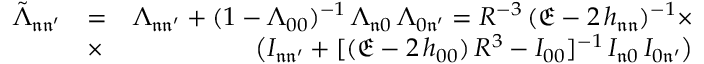
\begin{array} { r l r } { \tilde { \Lambda } _ { \mathfrak { n } \mathfrak { n ^ { \prime } } } } & { = } & { \Lambda _ { \mathfrak { n } \mathfrak { n ^ { \prime } } } + ( 1 - \Lambda _ { 0 0 } ) ^ { - 1 } \, \Lambda _ { \mathfrak { n } \mathfrak { 0 } } \, \Lambda _ { \mathfrak { 0 } \mathfrak { n ^ { \prime } } } = R ^ { - 3 } \, ( \mathfrak { E } - 2 \, h _ { \mathfrak { n } \mathfrak { n } } ) ^ { - 1 } \times } \\ & { \times } & { \, \big ( I _ { \mathfrak { n } \mathfrak { n ^ { \prime } } } + [ ( \mathfrak { E } - 2 \, h _ { 0 0 } ) \, R ^ { 3 } - I _ { 0 0 } ] ^ { - 1 } \, I _ { \mathfrak { n } 0 } \, I _ { 0 \mathfrak { n ^ { \prime } } } \big ) } \end{array}